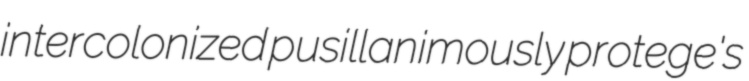
intercolonized pusillanimously protege's